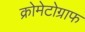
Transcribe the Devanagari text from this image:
क्रोमेटोग्राफ